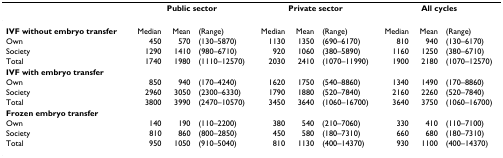
|  | <COLSPAN=3> Public sector | <COLSPAN=3> Private sector | <COLSPAN=3> All cycles |
 | --- | --- | --- | --- | --- | --- | --- | --- | --- | --- |
 | IVF without embryo transfer | Median | Mean | (Range) | Median | Mean | (Range) | Median | Mean | (Range) |
 | Own | 450 | 570 | (130–5870) | 1130 | 1350 | (690–6170) | 810 | 940 | (130–6170) |
 | Society | 1290 | 1410 | (980–6710) | 920 | 1060 | (380–5890) | 1160 | 1250 | (380–6710) |
 | Total | 1740 | 1980 | (1110–12570) | 2030 | 2410 | (1070–11990) | 1900 | 2180 | (1070–12570) |
 | IVF with embryo transfer |  |  |  |  |  |  |  |  |  |
 | Own | 850 | 940 | (170–4240) | 1620 | 1750 | (540–8860) | 1340 | 1490 | (170–8860) |
 | Society | 2960 | 3050 | (2300–6330) | 1790 | 1880 | (520–7840) | 2160 | 2260 | (520–7840) |
 | Total | 3800 | 3990 | (2470–10570) | 3450 | 3640 | (1060–16700) | 3640 | 3750 | (1060–16700) |
 | Frozen embryo transfer |  |  |  |  |  |  |  |  |  |
 | Own | 140 | 190 | (110–2200) | 380 | 540 | (210–7060) | 330 | 410 | (110–7100) |
 | Society | 810 | 860 | (800–2850) | 450 | 580 | (180–7310) | 660 | 680 | (180–7310) |
 | Total | 950 | 1050 | (910–5040) | 810 | 1130 | (400–14370) | 930 | 1100 | (400–14370) |